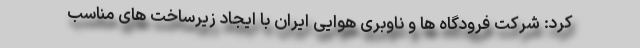
کرد: شرکت فرودگاه ها و ناوبری هوایی ایران با ایجاد زیرساخت های مناسب